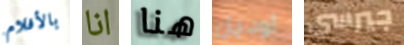
بالأفلام انا هنا أوديل جيرسي